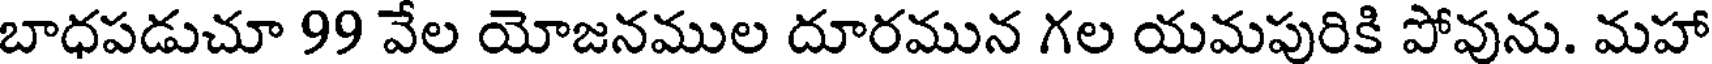
బాధపడుచూ 99 వేల యోజనముల దూరమున గల యమపురికి పోవును. మహా